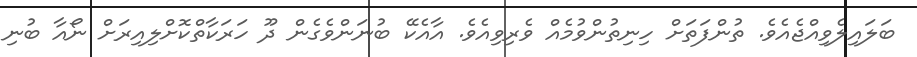
ބަލައިލެވިއްޖެއެވެ. ތުންފަތަށް ހިނިތުންވުމެއް ވެރިވިއެވެ. އާއެކޭ ބުނަންވެގެން ދޫ ހަރަކާތްކޮށްލިއިރަށް ނޯއާ ބުނި